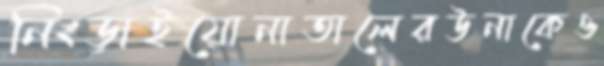
নিংড়াইয়োনাতালেরউনাকেও